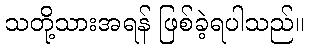
သတို့သားအရန် ဖြစ်ခဲ့ရပါသည်။